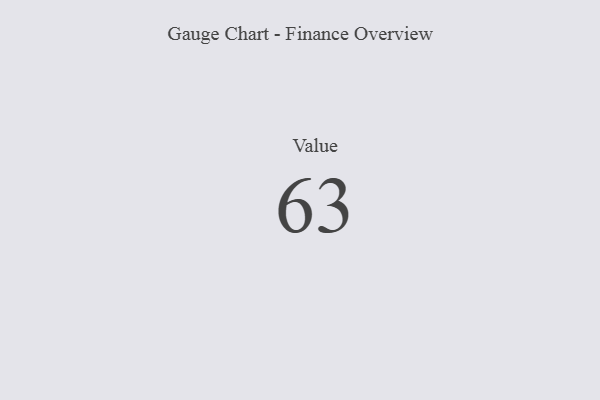
{"axis": {"x": "Metric", "y": "Value"}, "legend": [""], "data": [{"x": "Value", "y": 63, "type": ""}]}